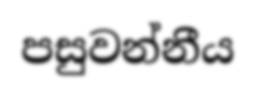
පසුවන්නීය